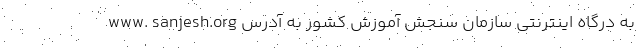
به درگاه اینترنتی سازمان سنجش آموزش کشور به آدرس www. sanjesh.org